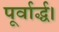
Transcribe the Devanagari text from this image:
पूर्वार्द्ध।